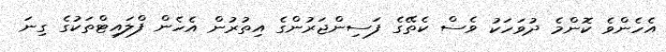
އެހެންވެ ކޮންމެ ދުވަހަކު ވެސް ކެތޭގެ ފަސިންޖަރުންގެ އިތުރުން އެހެން ފްލައިޓްތަކުގެ ގިނަ